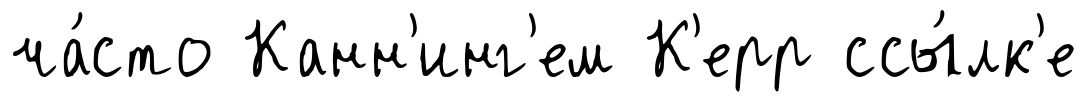
ча́сто Канн'инг'ем К'ерр ссы́лк'е